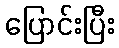
ပြောင်းပြီး